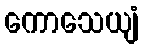
ကောသေယျံ